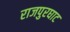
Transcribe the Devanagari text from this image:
राजपुरघाट